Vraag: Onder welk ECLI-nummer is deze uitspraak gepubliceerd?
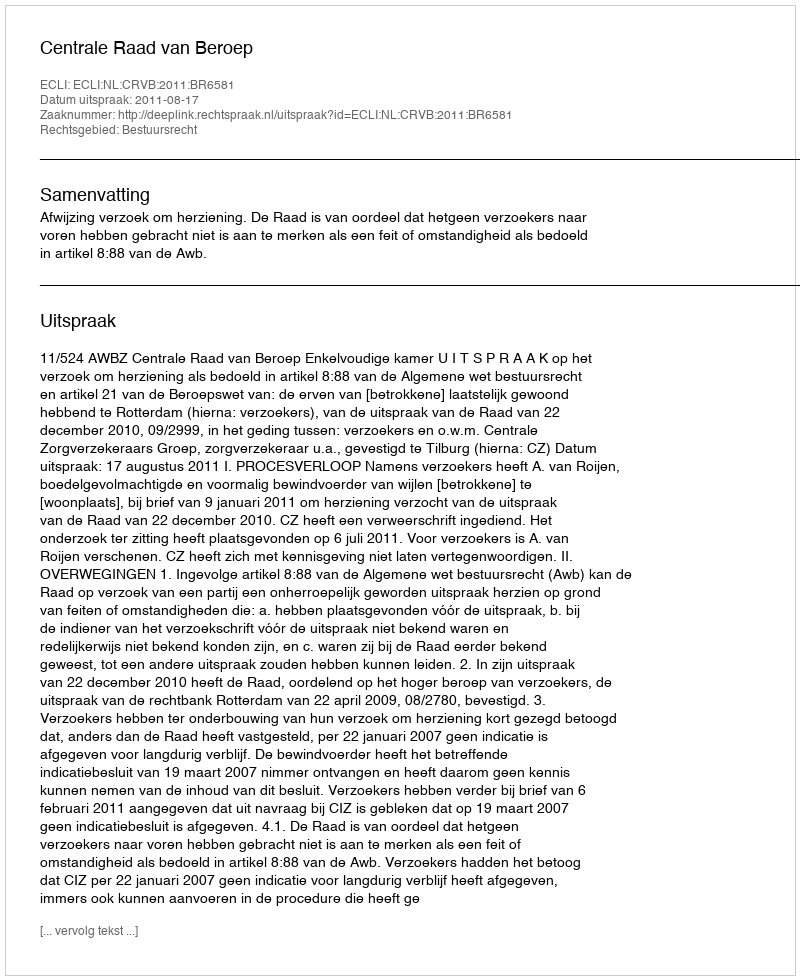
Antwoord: ECLI:NL:CRVB:2011:BR6581